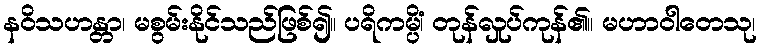
နဝိသဟန္တာ၊ မစွမ်းနိုင်သည်ဖြစ်၍။ ပရိကမ္ပိံ၊ တုန်လှုပ်ကုန်၏။ မဟာဝါတေသု၊